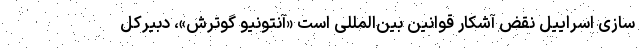
سازی اسراییل نقض آشکار قوانین بین‌المللی است «آنتونیو گوترش»، دبیرکل